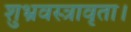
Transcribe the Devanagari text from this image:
शुभ्रवस्त्रावृता।